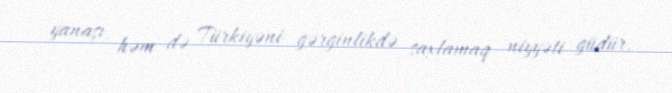
yanaşı, həm də Türkiyəni gərginlikdə saxlamaq niyyəti güdür.